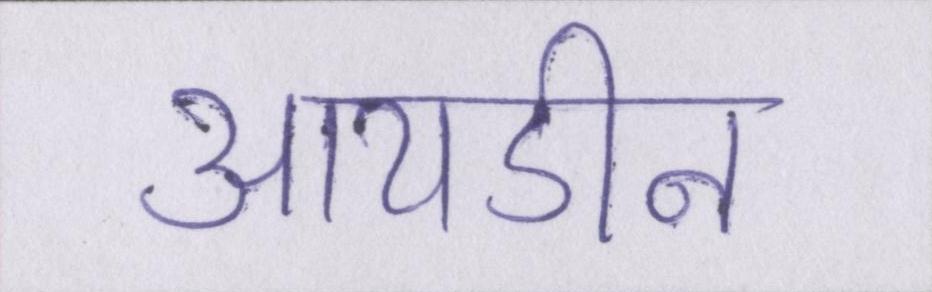
आयडीन